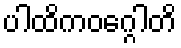
ပါထိကဝဂ္ဂေါတိ